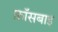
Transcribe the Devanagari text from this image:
क्रॉसबाइ